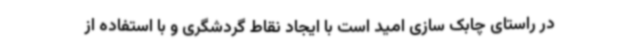
در راستای چابک سازی امید است با ایجاد نقاط گردشگری و با استفاده از